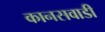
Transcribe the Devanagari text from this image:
कानसवाडी